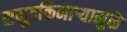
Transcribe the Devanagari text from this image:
समुद्रकिनाऱ्यामुळे